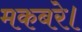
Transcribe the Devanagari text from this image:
मकबरे।